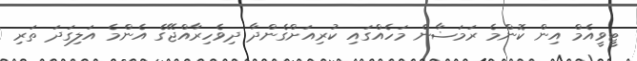
ޓީވީއެމް އިން ކޮންމެ ރަމަޟާން މަހެއްގައި ކުރިއަށްގެންދާ ދިވެހިރާއްޖޭގެ އެންމެ އަލިގަދަ ތަރި